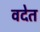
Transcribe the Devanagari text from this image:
वदेत